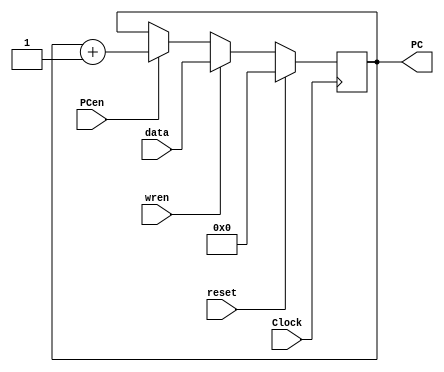
/*
	CEFET-MG
	Disciplina de Laboratrio de Arquitetura e Organizao de Computadores II
	Data: 11/12/2021
	Alunos: Fernando Veizaga e Alanis Castro
*/

module r7counter(data, PCen, wren, Clock, PC, reset);
	input [5:0] data;
	input PCen, Clock, wren, reset;
	output reg [5:0] PC;
	
	initial begin
		PC <= 6'b0;
	end
	
	always @(posedge Clock)
		if(reset == 1'b1)
		begin
			PC <= 6'b0;
		end
		
		else if (wren == 1'b1)
		begin
			PC <= data;
		end
		
		else if(PCen == 1'b1)
		begin
			PC <= PC + 6'b000001;
		end
endmodule